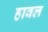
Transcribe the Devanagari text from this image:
हावल